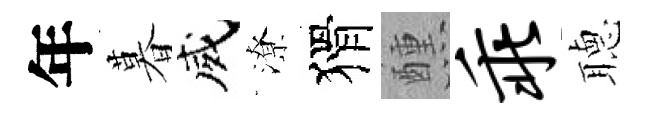
年暮威潦猾醺乖𦗟